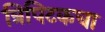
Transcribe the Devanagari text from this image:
त्रिपिटकचा